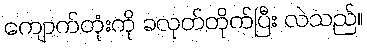
ကျောက်တုံးကို ခလုတ်တိုက်ပြီး လဲသည်။